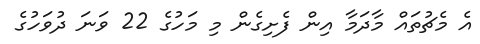
އެ މެޗުތައް މާދަމާ އިން ފެށިގެން މި މަހުގެ 22 ވަނަ ދުވަހުގެ